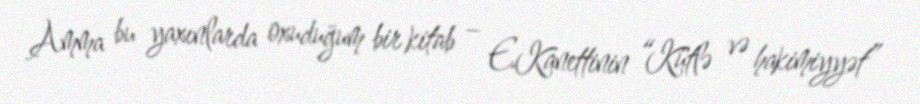
Amma bu yaxınlarda oxuduğum bir kitab – E.Kanettinin “Kütlə və hakimiyyət”